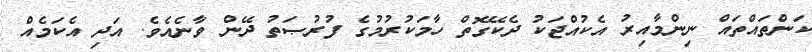
ކަންތައްތައް ނިންމާއިރު އެކުއްޖަކު ދެކޭގޮތް ހާމަކުރުމުގެ ފުރުޞަތު ދޭން ވާނެއެވެ. އަދި އެކަމެއް